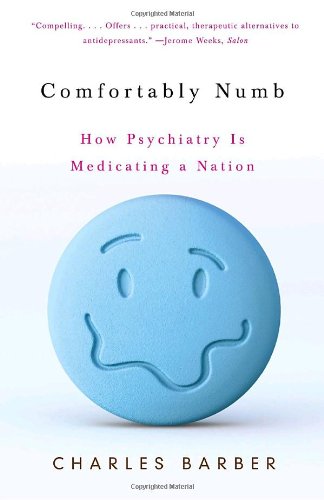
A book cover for Comfortably Numb: How Psychiatry Is Medicating a Nation; Charles Barber; Medical Books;